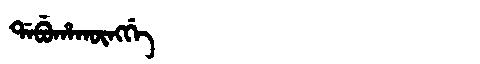
Manchu: ᡩᠠᠪᡠᡥᠠᡴᡡᠩᡤᡝ
Romanization: DABUHAKŪNGGE